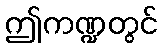
ဤကဏ္ဍတွင်